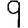
Digit: 9